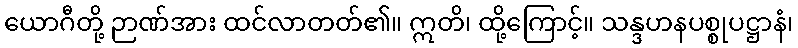
ယောဂီတို့ ဉာဏ်အား ထင်လာတတ်၏။ ဣတိ၊ ထို့ကြောင့်။ သန္ဒဟနပစ္စုပဋ္ဌာနံ၊